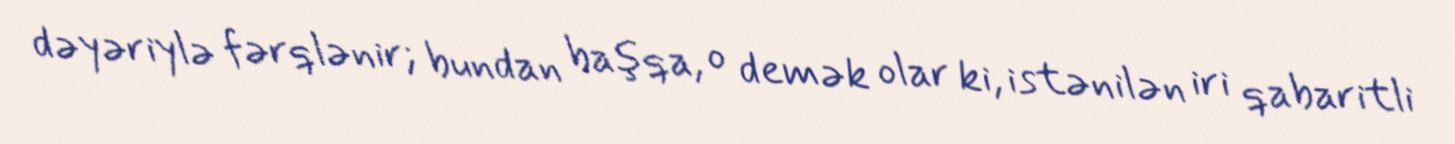
dəyəriylə fərqlənir; bundan başqa, o demək olar ki, istənilən iri qabaritli